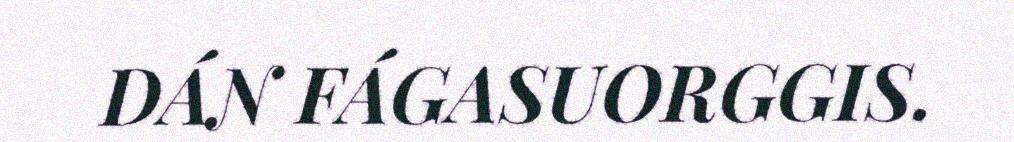
DÁN FÁGASUORGGIS.